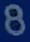
8